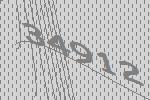
34912